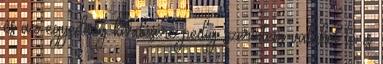
és az egyediség kérdésére pedig szerintem valahol te is